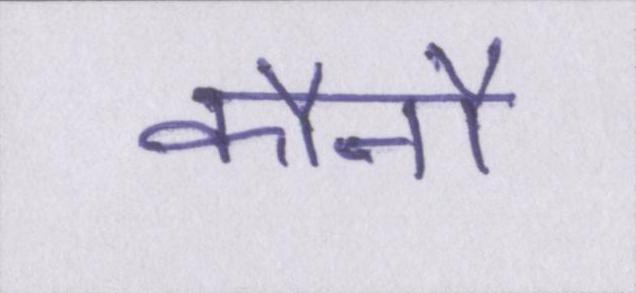
कौनौ